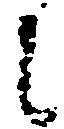
に